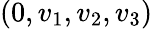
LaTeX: (0,v_{1},v_{2},v_{3})